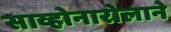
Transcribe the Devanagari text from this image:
साव्होनारोलाने